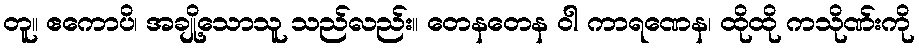
တူ။ ဧကောပိ၊ အချို့သောသူ သည်လည်း။ တေနတေန ဝါ ကာရဏေန၊ ထိုထို ကသိုဏ်းကို